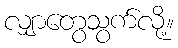
လျှာတွေသွက်လို့။